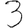
Digit: 3